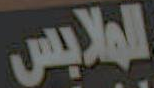
الملابس